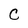
Character: C